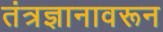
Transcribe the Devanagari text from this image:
तंत्रज्ञानावरून